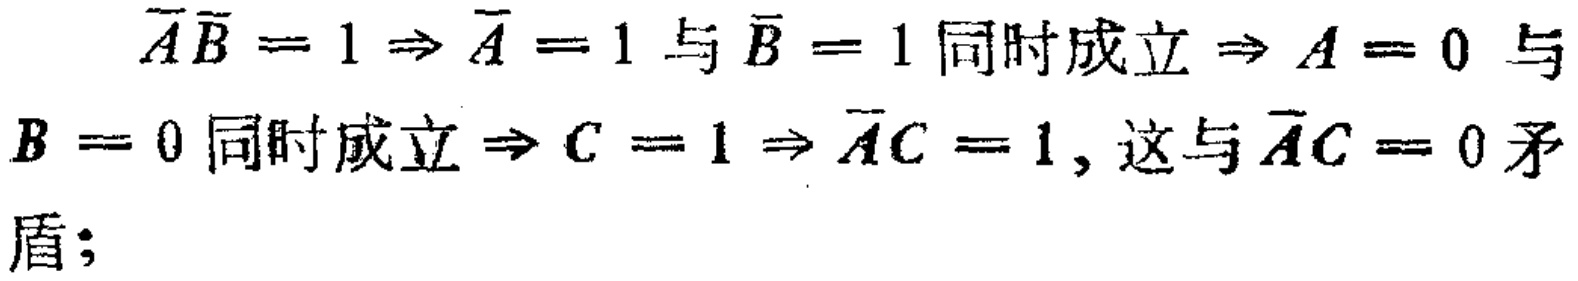
\(\overline{A}\overline{B}=1\Rightarrow\overline{A}=1\text{ 与 }\overline{B}=1\text{ 同时成立}\Rightarrow A = 0\text{ 与 }B = 0\text{ 同时成立}\Rightarrow C = 1\Rightarrow\overline{A}C = 1,\text{ 这与 }\overline{A}C = 0\text{ 矛盾;}\)